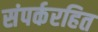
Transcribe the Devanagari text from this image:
संपर्करहित